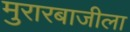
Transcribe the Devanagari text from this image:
मुरारबाजीला